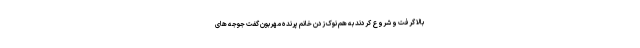
بالا گرفت و شروع کردند به هم نوک زدن خانم پرنده مهربون گفت جوجه های